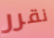
نقرر